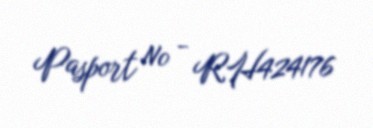
Pasport № - RH424176